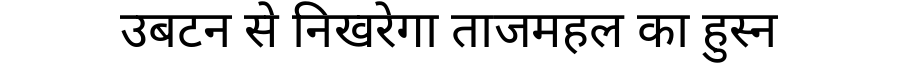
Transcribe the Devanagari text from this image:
उबटन से निखरेगा ताजमहल का हुस्न